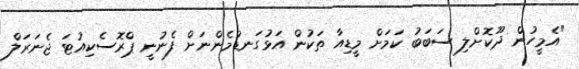
"އެމީހުން ދޫކޮށްލި ސަބަބު ކަމަށް މީޑިއާ ތަކުން އަޅުގަނޑުމެންނަށް ފެނުނީ ޕްރޮސެކިއުޓަ ޖެނަރަލް